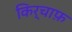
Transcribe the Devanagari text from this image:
किर्चाफ़